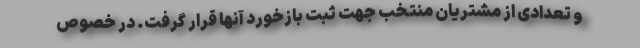
و تعدادی از مشتریان منتخب جهت ثبت بازخورد آنها قرار گرفت. در خصوص